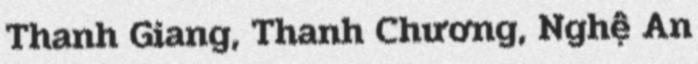
Thanh Giang, Thanh Chương, Nghệ An